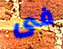
فى